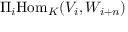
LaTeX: \Pi _ { i } { \mathrm { H o m } } _ { K } ( V _ { i } , W _ { i + n } )